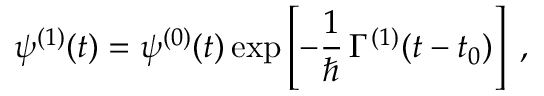
\psi ^ { ( 1 ) } ( t ) = \psi ^ { ( 0 ) } ( t ) \exp \left[ - \frac { 1 } { \hbar } \, \Gamma ^ { ( 1 ) } ( t - t _ { 0 } ) \right] \; ,